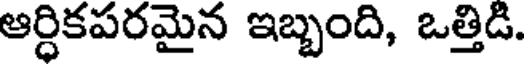
ఆర్ధికపరమైన ఇబ్బంది, ఒత్తిడి.